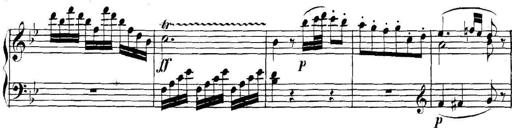
Title: Collected Piano Sonatas
Composer: Muzio Clementi